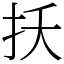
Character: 扷